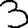
Digit: 3